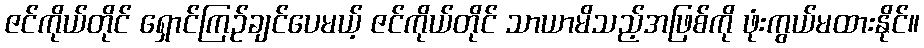
ဇင်ကိုယ်တိုင် ရှောင်ကြဉ်ချင်ပေမယ့် ဇင်ကိုယ်တိုင် သာယာမိသည့်အဖြစ်ကို ဖုံးကွယ်မထားနိုင်။